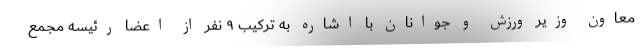
معاون وزیر ورزش و جوانان با اشاره به ترکیب ۹ نفر از اعضا رئیسه مجمع